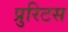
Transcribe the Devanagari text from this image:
प्रुरिटस